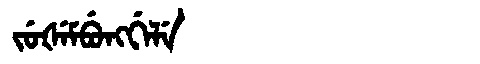
Manchu: ᠵᡠᡧᡝᠮᠪᡠᠩᡤᡝᠯᡝ
Romanization: JUŠEMBUNGGELE